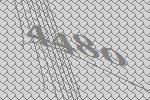
4480